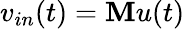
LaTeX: v_{in}(t)=\mathbf{M}u(t)